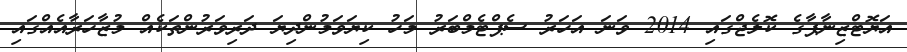
އަޔޮޓްޒިނާޕާގެ ކޮލެޖްގައި 2014 ވަނަ އަހަރު ސެޕްޓެމްބަރު މަހު ކިޔަވަމުންދިޔަ ދަރިވަރުންތަކެއް މުޒާހަރާއެއްގައި